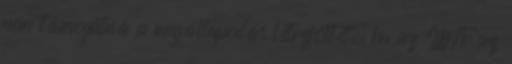
nem támogatná a megállapodás létrejöttét, ha az IMF az